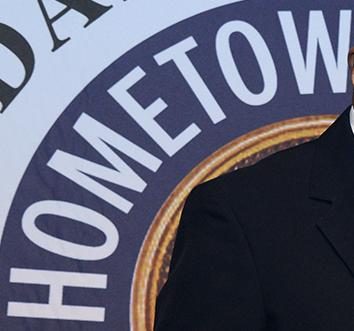
HOMETOW